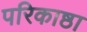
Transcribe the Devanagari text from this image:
परिकाष्ठा